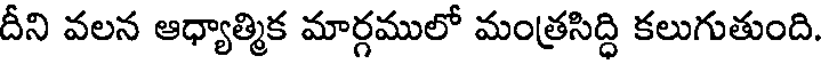
దీని వలన ఆధ్యాత్మిక మార్గములో మంత్రసిద్ధి కలుగుతుంది.